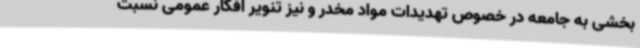
بخشی به جامعه در خصوص تهدیدات مواد مخدر و نیز تنویر افکار عمومی نسبت